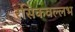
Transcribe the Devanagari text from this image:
रसिकवल्लभ